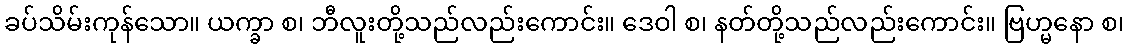
ခပ်သိမ်းကုန်သော။ ယက္ခာ စ၊ ဘီလူးတို့သည်လည်းကောင်း။ ဒေဝါ စ၊ နတ်တို့သည်လည်းကောင်း။ ဗြဟ္မနော စ၊